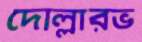
দোল্লারভ